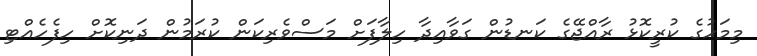
މިމަހުގެ ކުރީކޮޅު ރާއްޖޭގެ ކަނޑުން ގަވާއިދާ ހިލާފަށް މަސްވެރިކަން ކުރަމުން ދަނިކޮށް ހިފެހެއްޓި